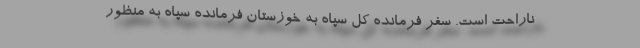
ناراحت است. سفر فرمانده کل سپاه به خوزستان فرمانده سپاه به منظور